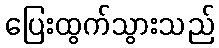
ပြေးထွက်သွားသည်